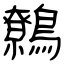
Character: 鷯